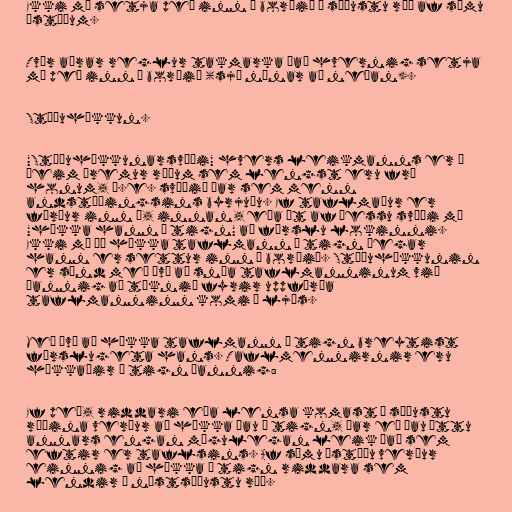
Ekki má setja peð inn á borðið í síðustu röð af sömu
ástæðum.

Tvær aðrar reglur takmarka það hvernig setja
má peð inn á borðið (sjá nánar að neðan).

Stöðuhækkun.

"Stöðuhækkunarsvæði" hvers leikmanns er í
þeim þremur röðum sem lengst eru frá
honum, þ.e. svæðið þar sem menn
andstæðingsins byrjuðu. Ef taflmaður er
færður inn í, innan, eða út af þessu svæði má
"hækka hann í tign" að færslu lokinni.
Ekki má þó hækka taflmann í tign þegar
hann er settur inn á borðið. Stöðuhækkunin
er sýnd með því að snúa taflmanninum við
þannig að táknið fyrir uppfærða
taflmanninn komi í ljós.

Með því að hækka taflmann í tign breytist
færslugeta hans. Taflmennirnir eru
hækkaðir í tign þannig:

Ef peð, riddari eða lensa komast í síðustu
röðina verður að hækka þau í tign, þar eð þau ættu
annars engan mögulegan leik það sem
eftir er taflsins. Af sömu ástæðu verður
einnig að hækka í tign riddara sem
lendir í næstsíðustu röð.